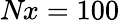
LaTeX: \textit{Nx}=100